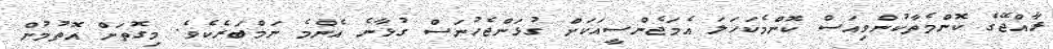
ރާއްޖޭގެ ކޮންމެތާކުންވިއަސް ކޮންމެކަހަލަ އެމަޖެންސީއަކަށް ގުޅަންޖެހުނަސް ގުޅާނެ އެންމެ ނަމްބަރެކެވެ. މިގޮތަށް އޮތުމުން